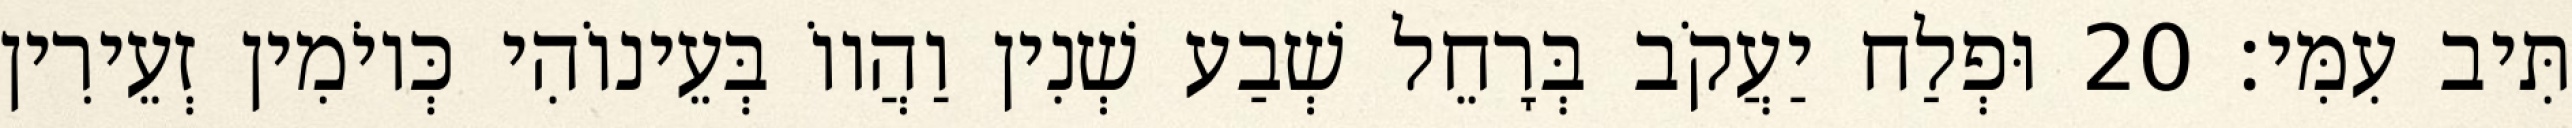
תִּיב עִמִּי׃ 20 וּפְלַח יַעֲקֹב בְּרָחֵל שְׁבַע שְׁנִין וַהֲווֹ בְּעֵינוֹהִי כְּיוֹמִין זְעֵירִין